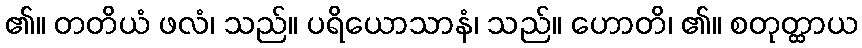
၏။ တတိယံ ဖလံ၊ သည်။ ပရိယောသာနံ၊ သည်။ ဟောတိ၊ ၏။ စတုတ္ထာယ